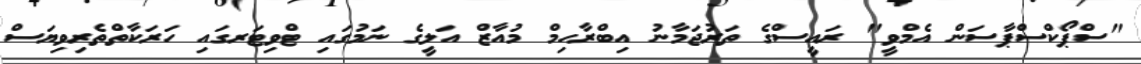
"ސްޕޯކްސްޕާސަން އެމްވީ" ރައީސްގެ ތަރުޖަމާނު އިބްރާހިމް މުއާޒް އަލީގެ ނަމުގައި ޓްވިޓަރގައި ހަރަކާތްތެރިވިޔަސް